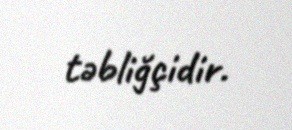
təbliğçidir.